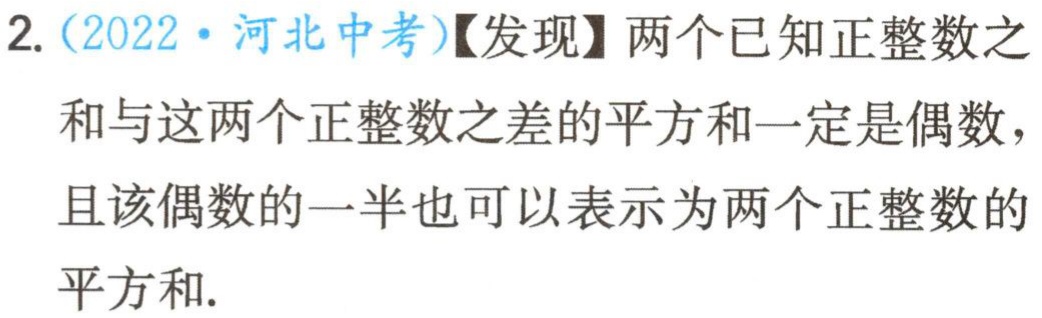
2.（2022·河北中考）【发现】两个已知正整数之和与这两个正整数之差的平方和一定是偶数，且该偶数的一半也可以表示为两个正整数的平方和.